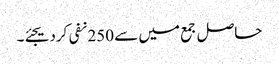
حاصل جمع میں سے 250 نفی کردیجئے۔